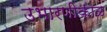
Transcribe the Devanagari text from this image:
उभारणीकाळ